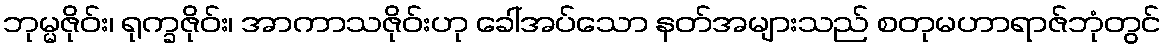
ဘုမ္မဇိုဝ်း၊ ရုက္ခဇိုဝ်း၊ အာကာသဇိုဝ်းဟု ခေါ်အပ်သော နတ်အများသည် စတုမဟာရာဇ်ဘုံတွင်